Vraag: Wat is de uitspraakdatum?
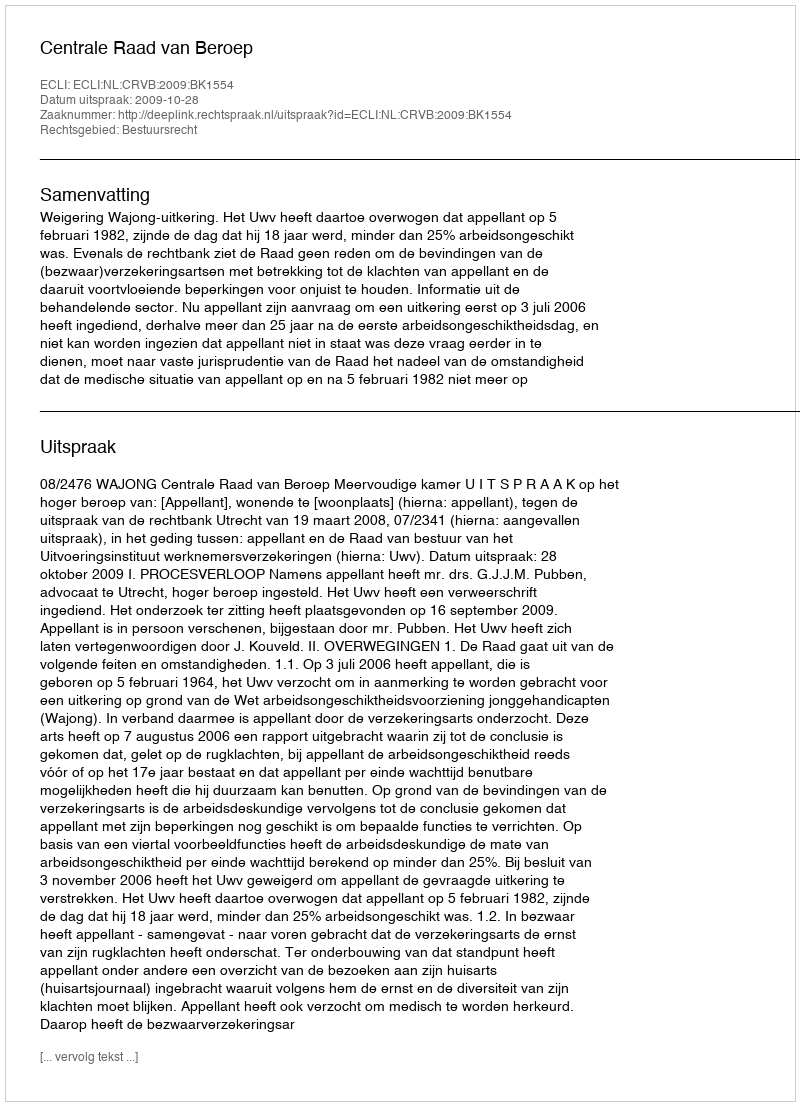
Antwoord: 2009-10-28